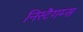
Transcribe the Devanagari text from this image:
निस्टैगम्स